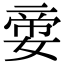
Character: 㛳